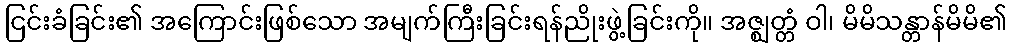
ငြင်းခံခြင်း၏ အကြောင်းဖြစ်သော အမျက်ကြီးခြင်းရန်ညိုးဖွဲ့ခြင်းကို။ အဇ္ဈတ္တံ ဝါ၊ မိမိသန္တာန်မိမိ၏